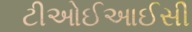
ટીઓઈઆઈસી